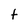
Character: t